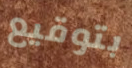
بتوقيع